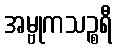
အမ္ဗုကသဉ္စရီ